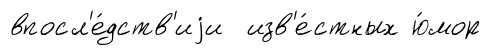
впосл'е́дств'иjи изв'е́стных ю́мор